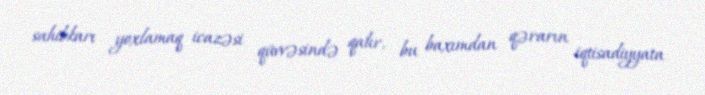
sahibkarı yoxlamaq icazəsi qüvvəsində qalır, bu baxımdan qərarın iqtisadiyyata